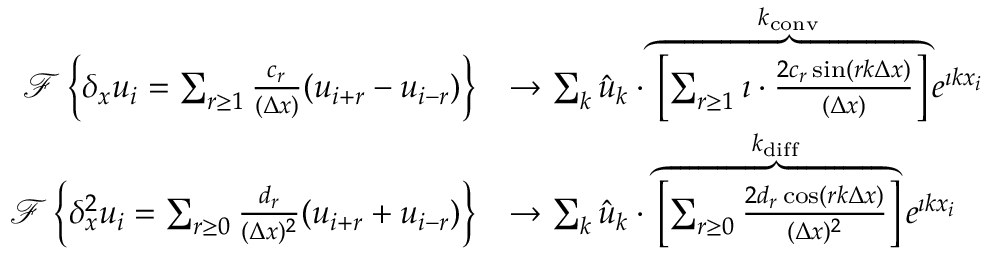
\begin{array} { r } { \begin{array} { r l } { \mathcal { F } \left\{ \delta _ { x } u _ { i } = \sum _ { r \ge 1 } \frac { c _ { r } } { ( \Delta x ) } ( u _ { i + r } - u _ { i - r } ) \right\} } & { \to \sum _ { k } \hat { u } _ { k } \cdot \overbrace { \left[ \sum _ { r \ge 1 } \imath \cdot \frac { 2 c _ { r } \sin ( r k \Delta x ) } { ( \Delta x ) } \right] } ^ { k _ { \mathrm { c o n v } } } e ^ { \imath k x _ { i } } } \\ { \mathcal { F } \left\{ \delta _ { x } ^ { 2 } u _ { i } = \sum _ { r \ge 0 } \frac { d _ { r } } { ( \Delta x ) ^ { 2 } } ( u _ { i + r } + u _ { i - r } ) \right\} } & { \to \sum _ { k } \hat { u } _ { k } \cdot \overbrace { \left[ \sum _ { r \ge 0 } \frac { 2 d _ { r } \cos ( r k \Delta x ) } { ( \Delta x ) ^ { 2 } } \right] } ^ { k _ { \mathrm { d i f f } } } e ^ { \imath k x _ { i } } } \end{array} } \end{array}